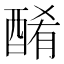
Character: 𨡜